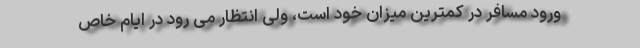
ورود مسافر در کمترین میزان خود است، ولی انتظار می رود در ایام خاص